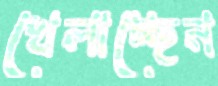
খেলাচ্ছেন